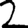
Digit: 2